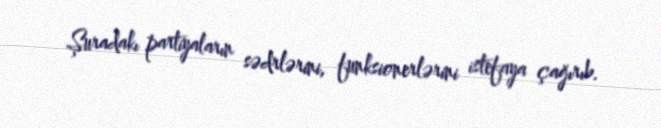
Şuradakı partiyaların sədrlərini, funksionerlərini istefaya çağırıb.